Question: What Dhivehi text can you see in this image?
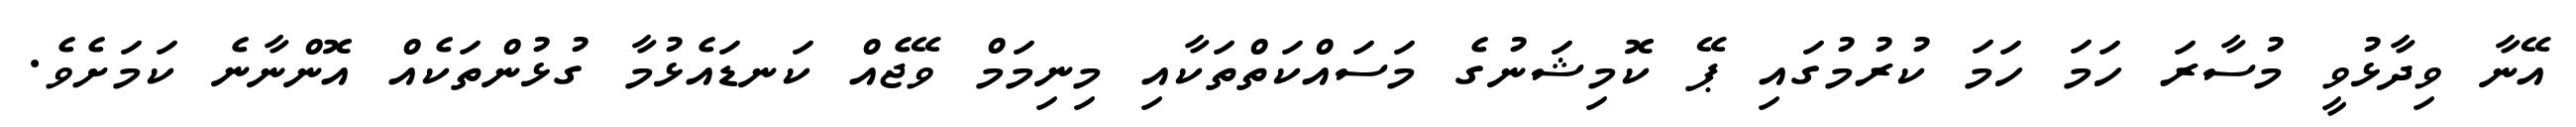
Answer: އޭނާ ވިދާޅުވީ މުސާރަ ހަމަ ހަމަ ކުރުމުގައި ޕޭ ކޮމިޝަނުގެ މަސައްކަތްތަކާއި މިނިމަމް ވޭޖެއް ކަނޑައެޅުމާ ގުޅުންތަކެއް އޮންނާނެ ކަމަށެވެ.